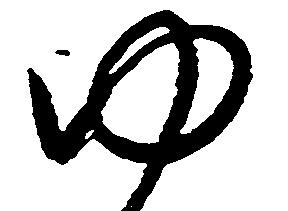
ゆ